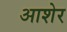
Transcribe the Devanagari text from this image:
आशेर